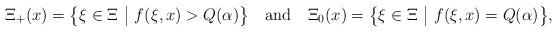
LaTeX: \begin{align*}\Xi_+(x) = \big\{\xi\in \Xi~\big|~f(\xi,x)>Q(\alpha)\big\} ~~\mbox{ and } ~~\Xi_0(x) = \big\{\xi\in \Xi~\big|~f(\xi,x)=Q(\alpha)\big\},\end{align*}